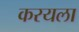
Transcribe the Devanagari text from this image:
करयला